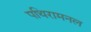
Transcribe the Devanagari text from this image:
पथिरामनल